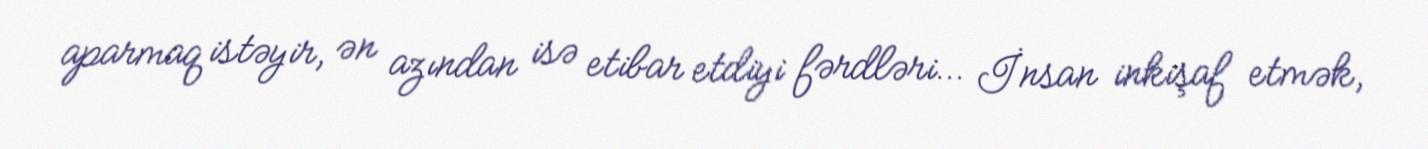
aparmaq istəyir, ən azından isə etibar etdiyi fərdləri… İnsan inkişaf etmək,